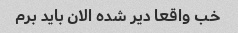
خب واقعا دیر شده الان باید برم